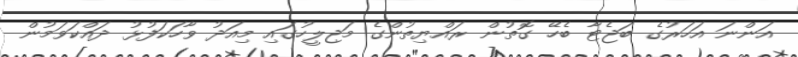
އަންނަ އަހަރުގެ ބަޖެޓާ ބެހޭ ގޮތުން ރައްޔިތުންގެ މަޖިލީހުގައި މިއަދު ވާހަކަފުޅު ދައްކަވަމުން